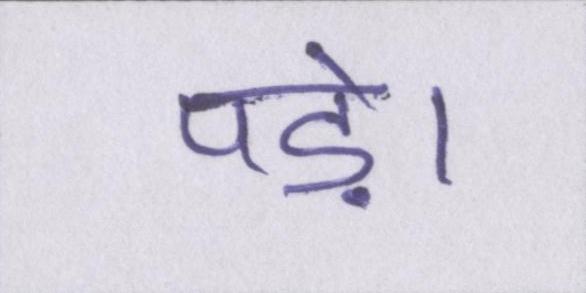
पड़े।